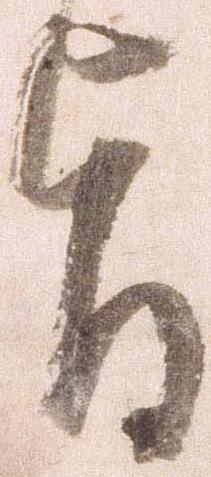
旨